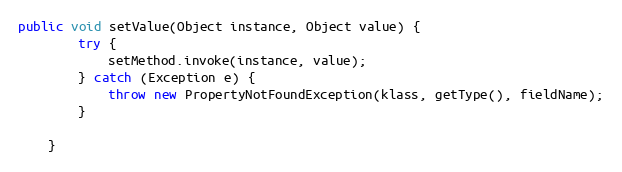
Language: Java
public void setValue(Object instance, Object value) {
        try {
            setMethod.invoke(instance, value);
        } catch (Exception e) {
            throw new PropertyNotFoundException(klass, getType(), fieldName);
        }

    }